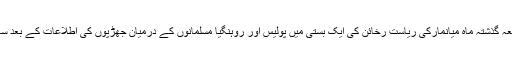
تازہ ترین واقعہ گذشتہ ماہ میانمارکی ریاست رخائن کی ایک بستی میں پولیس اور روہنگیا مسلمانوں کے درمیان جھڑپوں کی اطلاعات کے بعد سامنے آیا ہے۔